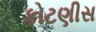
કોટણીસ